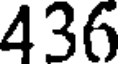
436